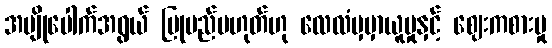
အပျိုပေါက်အရွယ် ပြုမည်မဟုတ်ဟု လေလံမှမှာယူမှုနှင့် ဈေးကစားမှု